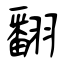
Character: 翻